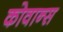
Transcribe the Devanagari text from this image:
कोवान्स